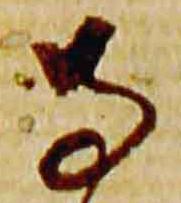
寺